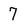
Character: 7